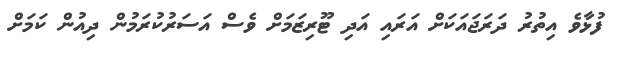
ފުޅާވެ އިތުރު ދަރަޖައަކަށް އަރައި އަދި ޓޫރިޒަމަށް ވެސް އަސަރުކުރަމުން ދިއުން ކަމަށް